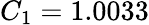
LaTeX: C_{1}=1.0033